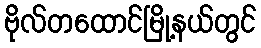
ဗိုလ်တထောင်မြို့နယ်တွင်